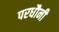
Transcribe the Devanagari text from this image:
परधौनी